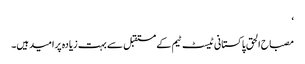
‘
مصباح الحق پاکستانی ٹیسٹ ٹیم کے مستقبل سے بہت زیادہ پرامید ہیں۔